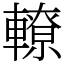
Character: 轑